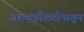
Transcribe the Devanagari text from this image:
जडत्वचौकटीपासून